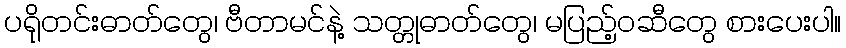
ပရိုတင်းဓာတ်တွေ၊ ဗီတာမင်နဲ့ သတ္တုဓာတ်တွေ၊ မပြည့်ဝဆီတွေ စားပေးပါ။